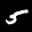
Label: 5